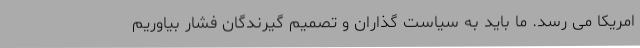
امریکا می رسد. ما باید به سیاست گذاران و تصمیم گیرندگان فشار بیاوریم